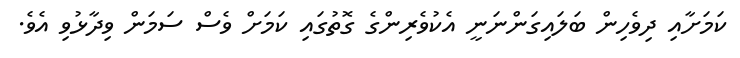
ކަމަށާއި ދިވެހިން ބަލައިގަންނަނީ އެކުވެރިންގެ ގޮތުގައި ކަމަށް ވެސް ސަމަން ވިދާޅުވި އެވެ.